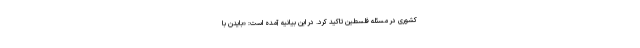
کشوری در مسئله فلسطین تاکید کرد. در این بیانیه آمده است: «بایدن با